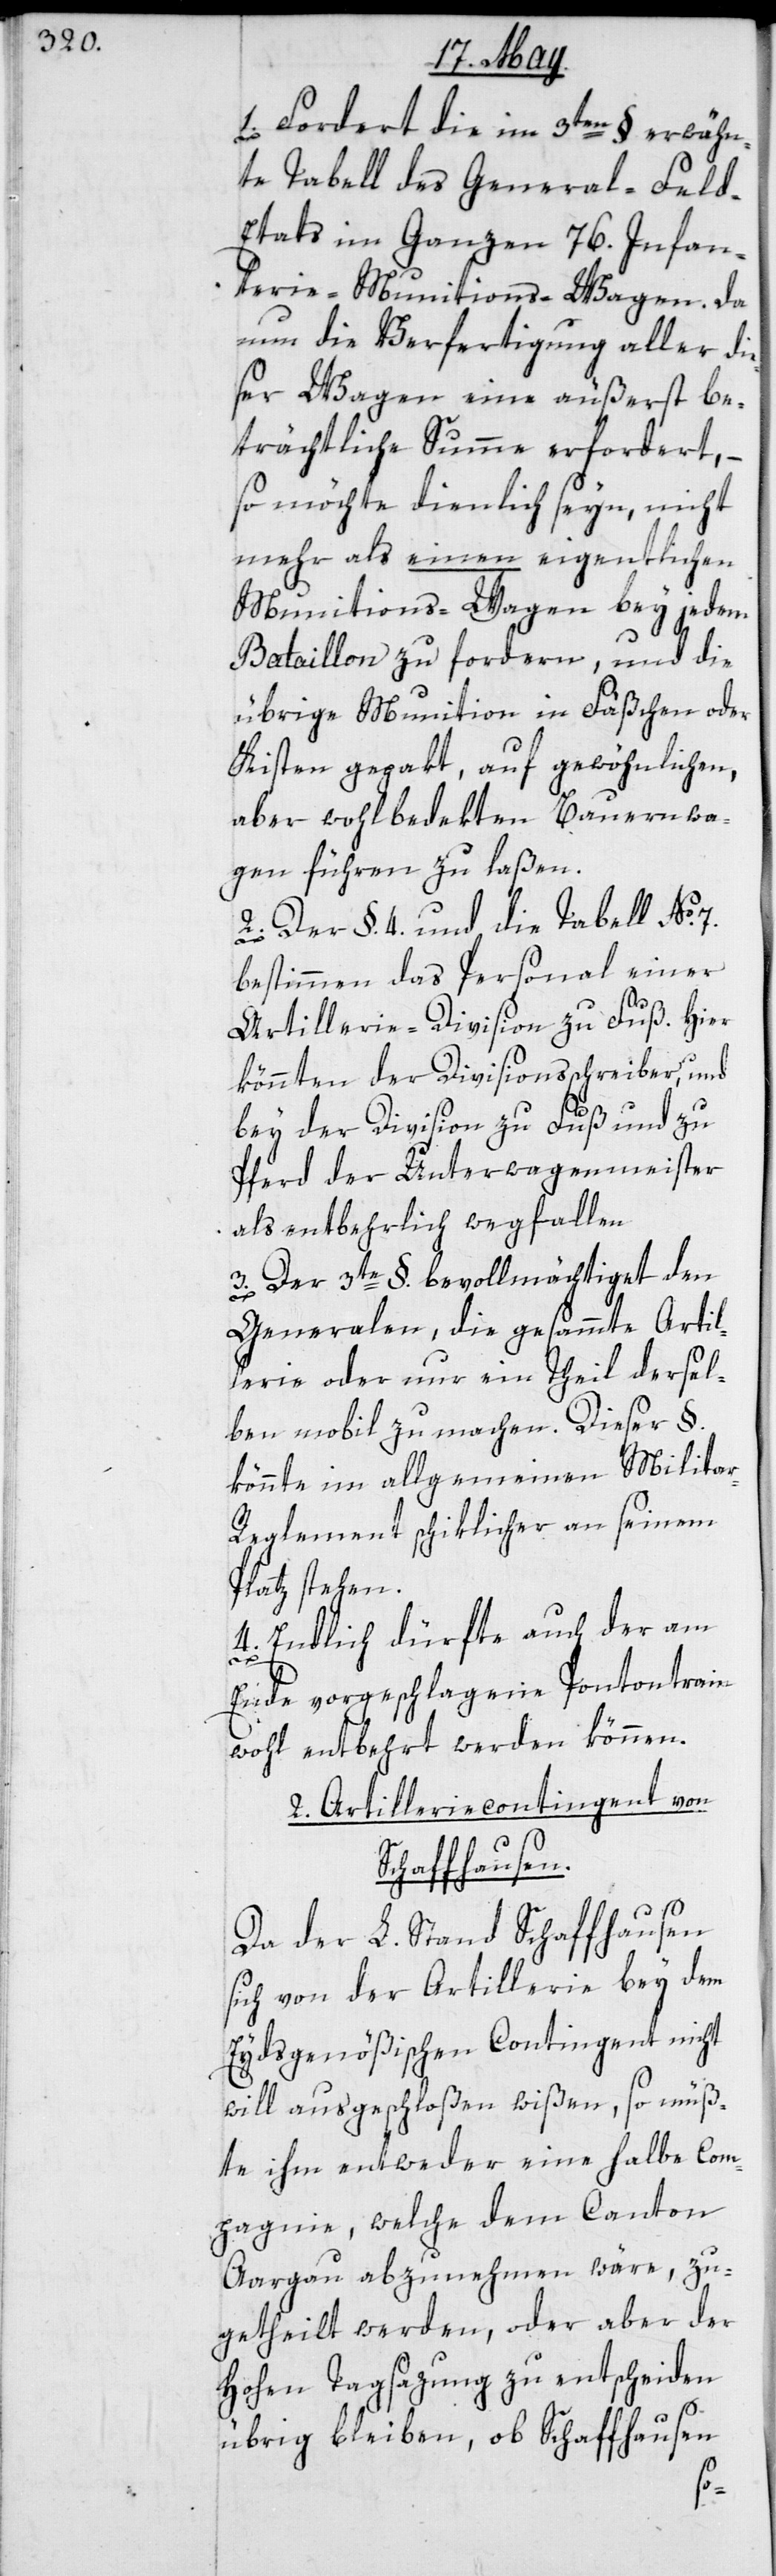
1. Fordert die im 3ten § erwähn¬
te Tabell des General-Feld-E¬
tats im ganzen 76. Infan¬
terie-Munitions-Wagen. Da
nun die Verfertigung aller die¬
ser Wagen eine äußerst be¬
trächtliche Summe erfordert, –
so möchte dienlich seyn, nicht
mehr als einen eigentlichen
Munitions-Wagen bey jedem
Bataillon zu fordern, und die
übrige Munition in Fäßchen oder
Kisten gepakt, auf gewöhnlichen,
aber wohlbedekten Bauernwa¬
gen führen zu laßen.
2. Der §. 4. und die Tabell No. 7.
bestimmen das Personal einer
Artillerie-Division zu Fuß. Hier
könnten der Divisionsschreiber und
bey der Division zu Fuß und zu
Pferd der Unterwagenmeister
als entbehrlich wegfallen.
3. Der 3te §. bevollmächtiget den
Generalen, die gesamte Artil¬
lerie oder nur ein Theil dersel¬
ben mobil zu machen. Dieser §.
könnte im allgemeinen Milita¬
r-Reglement schiklicher an seinem
Platz stehen.
4. Endlich dürfte auch der am
Ende vorgeschlagene Pontontrain
wohl entbehrt werden können.
2. Artilleriecontingent von
Schaffhausen.
Da der L. Stand Schaffhausen
sich von der Artillerie bey dem
Eydsgenößischen Contingent nicht
will ausgeschloßen wißen, so müß¬
te ihm entweder eine halbe Com¬
pagnie, welche dem Canton
Aargau abzunehmen wäre, zu¬
getheilt werden, oder aber der
hohen Tagsazung zu entscheiden
übrig bleiben, ob Schaffhausen